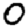
Digit: 0